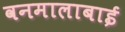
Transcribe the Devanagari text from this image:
वनमालाबाई